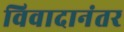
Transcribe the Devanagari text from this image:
विवादानंतर